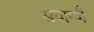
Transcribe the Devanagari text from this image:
सयाग्यी